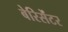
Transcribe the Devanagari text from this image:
बेरिसेंटर